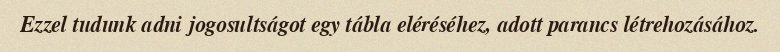
Ezzel tudunk adni jogosultságot egy tábla eléréséhez, adott parancs létrehozásához.